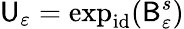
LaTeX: \mathsf{U}_{\varepsilon}=\exp_{\mathrm{id}}(\mathsf{B}_{\varepsilon}^{s})